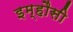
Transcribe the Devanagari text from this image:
इम्हौसी